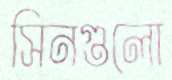
সিনগুলো